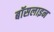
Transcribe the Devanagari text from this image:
बॉसलाइन